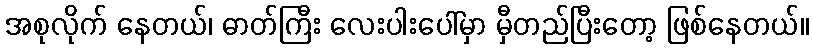
အစုလိုက် နေတယ်၊ ဓာတ်ကြီး လေးပါးပေါ်မှာ မှီတည်ပြီးတော့ ဖြစ်နေတယ်။